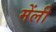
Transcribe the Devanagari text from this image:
मेंली